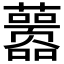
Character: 𰲖